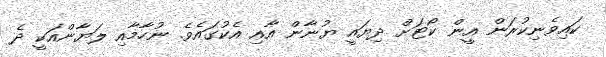
ކައިވެނިކުރަން އީން ކޯޓަށް ދިޔައީ ޔުނާން އާއި އެކުގައެވެ. ނުހާމާއި ލަޔާންއަކީ ދެ